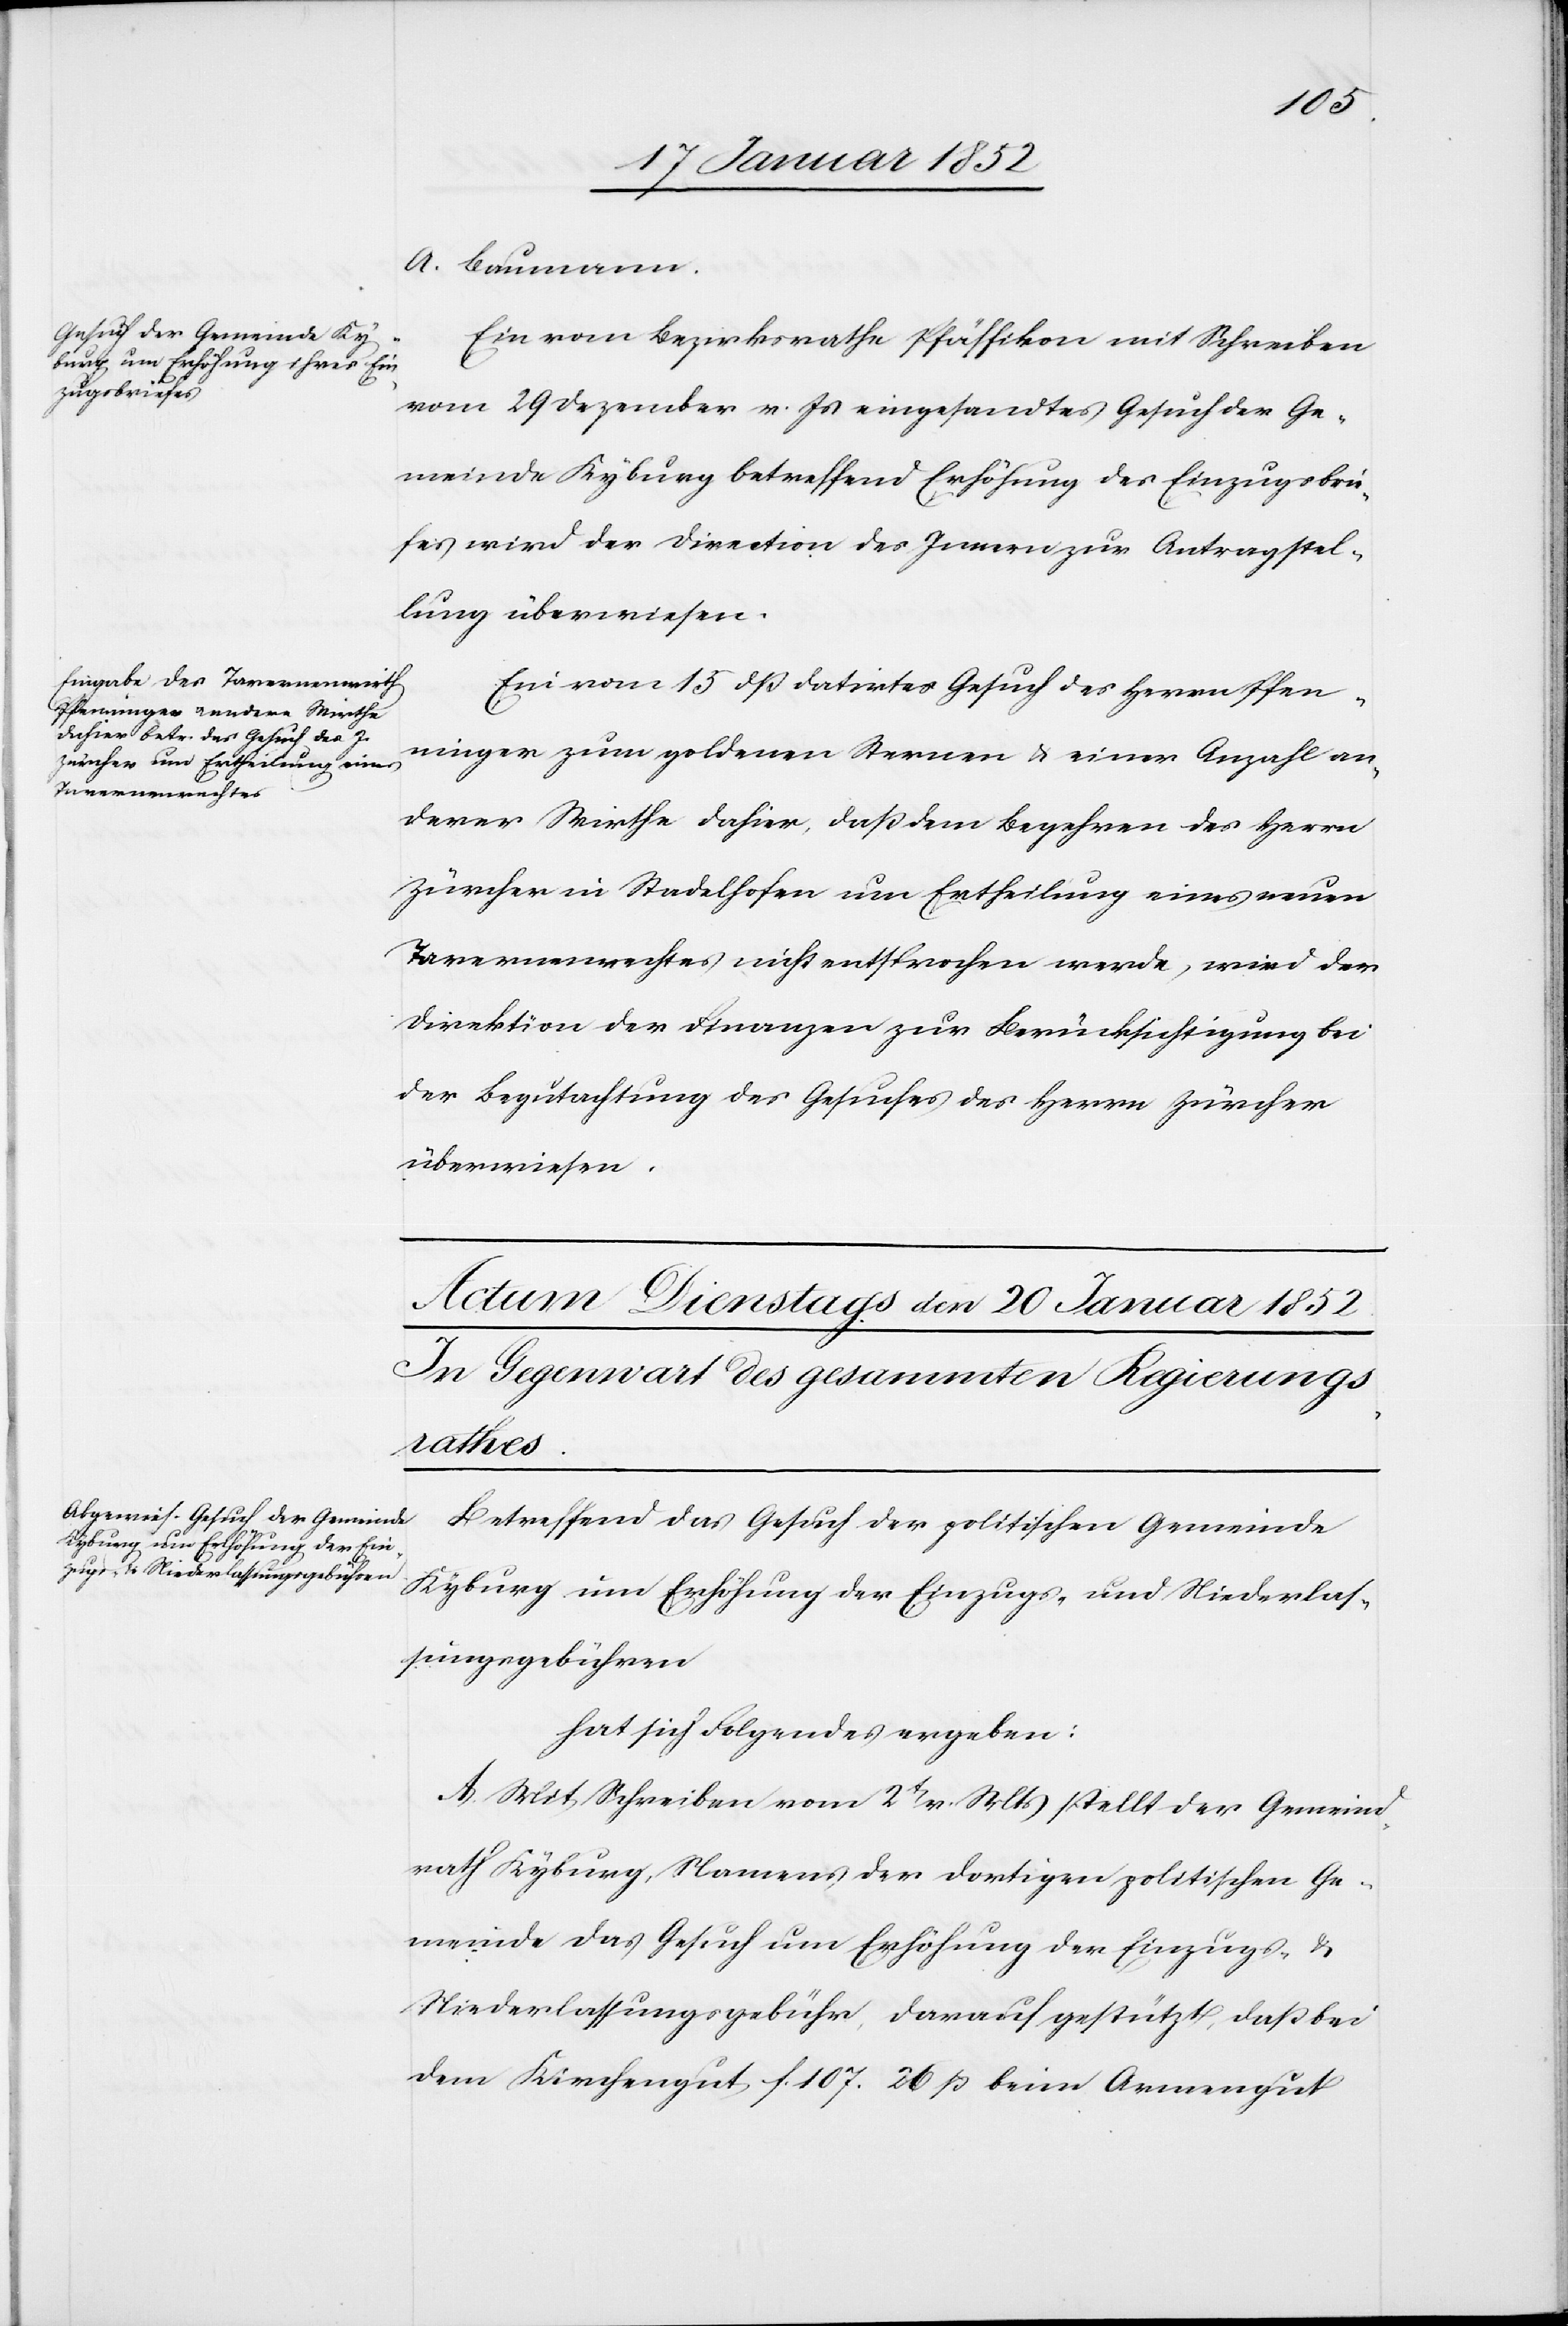
19 Januar 1852]
A. Baumann.
Ein vom Bezirksrathe Pfäffikon mit Schreiben
vom 29 Dezember v. Js eingesandtes Gesuch der Ge¬
meinde Kyburg betreffend Erhöhung der Einzugsgebü¬
hren wird der Direction des Innern zur Antragstel¬
lung überwiesen.
Ein vom 15 dß datirtes Gesuch des Herrn Pfen¬
ninger zum goldenen Kernen u. einer Anzahl an¬
derer Wirthe dahier, daß dem Begehren des Herrn
Zürcher im Stadelhofen um Ertheilung eines neuen
Tavernenrechtes nicht entsprochen werde, wird der
Direktion der Finanzen zur Berücksichtigung bei
der Begutachtung des Gesuches des Herrn Zürcher
überwiesen.
Betreffend das Gesuch der politischen Gemeinde
Kyburg um Erhöhung der Einzugs- und Niederlas¬
sungsgebühren
hat sich Folgendes ergeben:
A. Mit Schreiben vom 2t v. Mts stellt der Gemeind¬
rath Kyburg, Namens der dortigen politischen Ge¬
meinde das Gesuch um Erhöhung der Einzugs- u.
Niederlassungsgebühr, darauf gestützt, daß bei
dem Kirchengut, f. 107. 20 ß beim Armengut